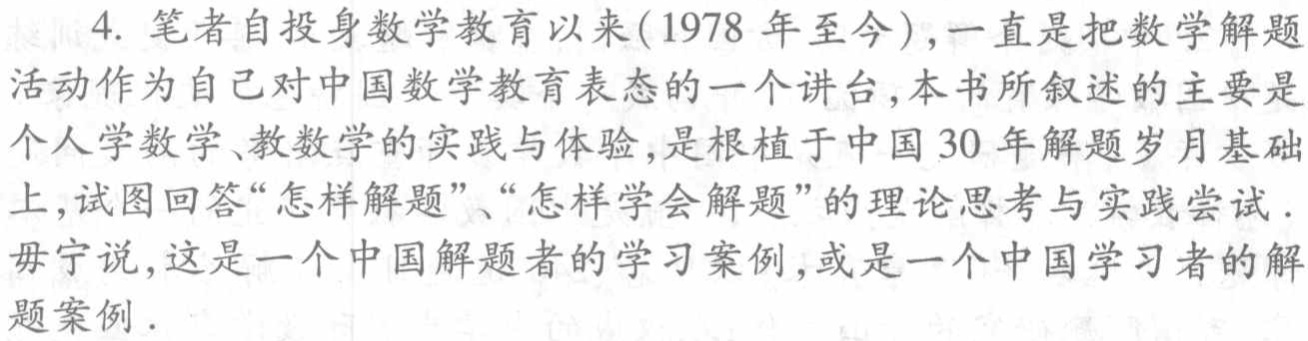
4. 笔者自投身数学教育以来(1978 年至今),一直是把数学解题

活动作为自己对中国数学教育表态的一个讲台,本书所叙述的主要是

个人学数学、教数学的实践与体验,是根植于中国 30 年解题岁月基础

上,试图回答“怎样解题”、“怎样学会解题”的理论思考与实践尝试.

毋宁说,这是一个中国解题者的学习案例,或是一个中国学习者的解

题案例.